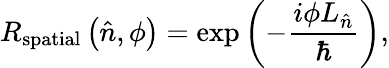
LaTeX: R_{\mathrm{spatial}}\left({\hat{n}},\phi\right)=\exp\left(-{\frac{i\phi L_{\hat{n}}}{\hbar}}\right),